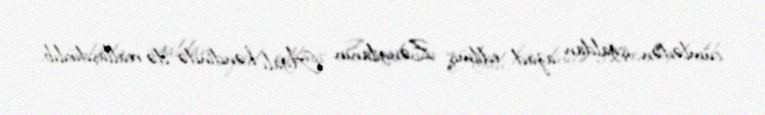
cümlədən işğaldan azad edilmiş Zəngilanın Ağalı kəndində də reallaşdırılıb.